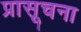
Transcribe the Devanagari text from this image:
प्रासूचना